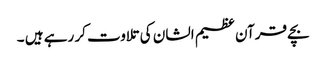
بچے قرآن عظیم الشان کی تلاوت کر رہے ہیں ۔